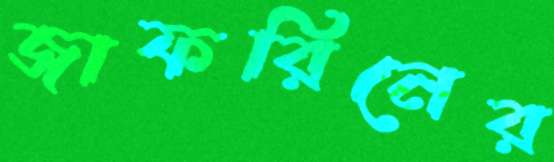
জাফরিনের